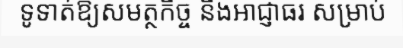
ទូទាត់ឱ្យសមត្ថកិច្ច និងអាជ្ញាធរ សម្រាប់